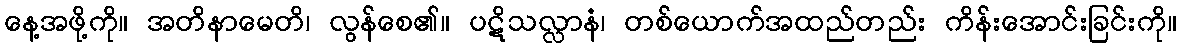
နေ့အဖို့ကို။ အတိနာမေတိ၊ လွန်စေ၏။ ပဋိသလ္လာနံ၊ တစ်ယောက်အထည်တည်း ကိန်းအောင်းခြင်းကို။